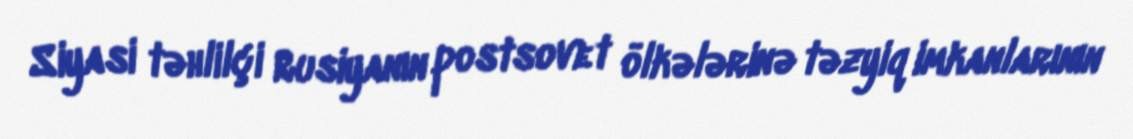
Siyasi təhlilçi Rusiyanın postsovet ölkələrinə təzyiq imkanlarının